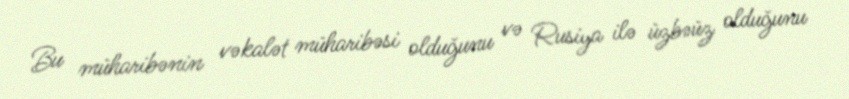
Bu müharibənin vəkalət müharibəsi olduğunu və Rusiya ilə üzbəüz olduğunu